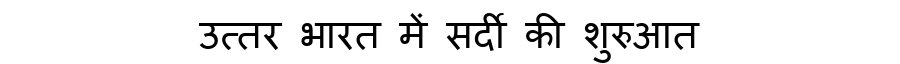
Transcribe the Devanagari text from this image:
उत्तर भारत में सर्दी की शुरुआत